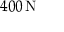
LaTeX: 4 0 0 \, \mathrm { N }